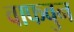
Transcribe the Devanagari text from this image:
वाफवुन